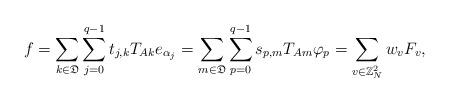
LaTeX: \begin{align*} f=\displaystyle \sum_{k \in \mathfrak{D}}\sum_{j=0}^{q-1} t_{j,k} T_{Ak}e_{\alpha_j} = \displaystyle \sum_{m \in \mathfrak{D}}\sum_{p=0}^{q-1} s_{p,m} T_{Am} \varphi_p= \displaystyle \sum_{v \in {\mathbb{Z}}^2_N}w_{v}F_{v}, \end{align*}